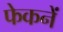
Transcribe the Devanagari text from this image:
फेकनें